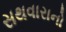
સથવારાનો